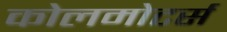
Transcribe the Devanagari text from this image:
कोलमोटर्स